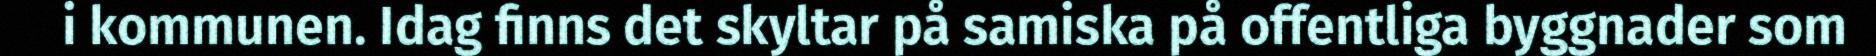
i kommunen. Idag finns det skyltar på samiska på offentliga byggnader som